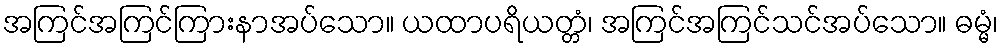
အကြင်အကြင်ကြားနာအပ်သော။ ယထာပရိယတ္တံ၊ အကြင်အကြင်သင်အပ်သော။ ဓမ္မံ၊